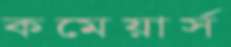
কমেয়ার্স